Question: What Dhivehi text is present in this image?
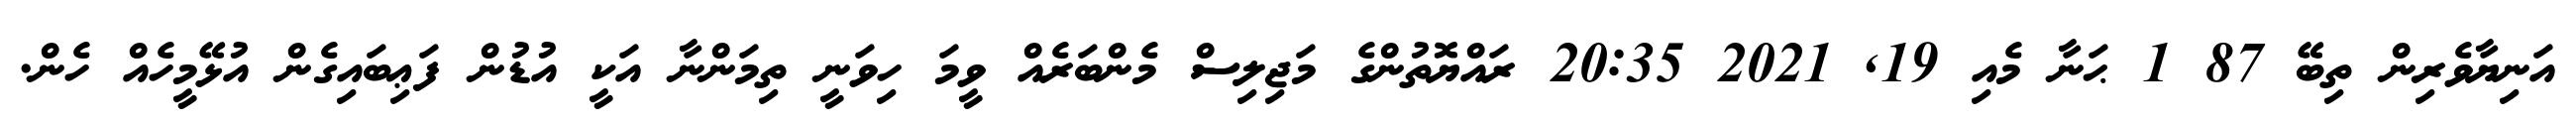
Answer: އަނިޔާވެރިން ތިބޭ 87 1 ޙަނާ މެއި 19, 2021 20:35 ރައްޔޮތުންގެ މަޖިލިސް މެންބަރެއް ވީމަ ހިވަނީ ތިމަންނާ އަކީ އުޑުން ފަޢިބައިގެން އުޅޭމީހެއް ހެން.